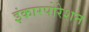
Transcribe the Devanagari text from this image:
इंकारपोरेशन